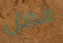
فعل